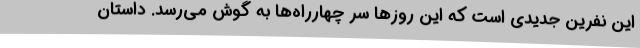
این نفرین جدیدی است که این روزها سر چهارراه‌ها به گوش می‌رسد. داستان